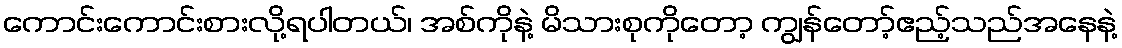
ကောင်းကောင်းစားလို့ရပါတယ်၊ အစ်ကိုနဲ့ မိသားစုကိုတော့ ကျွန်တော့်ဧည့်သည်အနေနဲ့